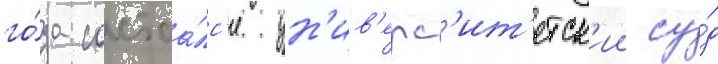
го́да состоа́лс'я ун'ив'ерс'ит'етск'ии су́д